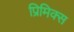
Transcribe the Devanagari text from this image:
प्रिमिक्स